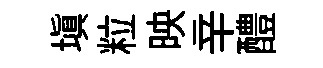
填粒映辛醴